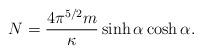
LaTeX: \begin{align*}N=\frac{4\pi ^{5/2}m}{\kappa}\sinh\alpha \cosh\alpha.\end{align*}